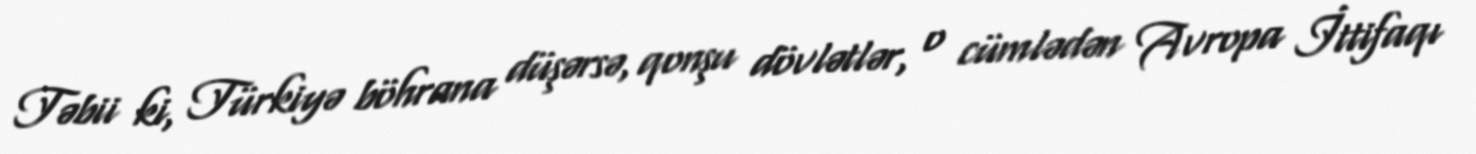
Təbii ki, Türkiyə böhrana düşərsə, qonşu dövlətlər, o cümlədən Avropa İttifaqı